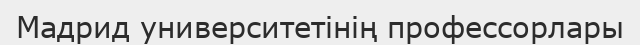
Мадрид университетінің профессорлары